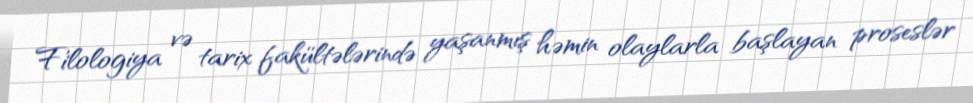
Filologiya və tarix fakültələrində yaşanmış həmin olaylarla başlayan proseslər